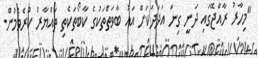
"މިހާރު ރާއްޖޭގައި ދަނީ ގިނަ އަދަދަކަށް އައު ބާވަތްތަކުގެ ކާބޯތަކެތި ތައްޔާރު ކުރެވެމުން.